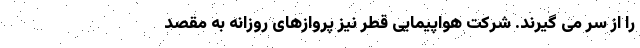
را از سر می گیرند. شرکت هواپیمایی قطر نیز پروازهای روزانه به مقصد